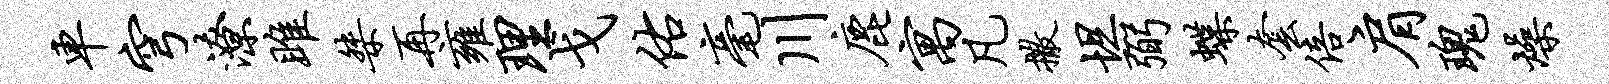
车穹潦雎桀再雍理戈佑毫川鹿寓凡撒坦弼蝶套倍肩瑰燥